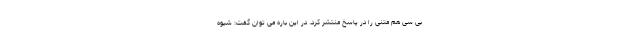
بی سی هم متنی را در پاسخ منتشر کرد. در این باره می توان گفت: شیوه